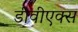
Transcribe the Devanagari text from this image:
डीवीएक्स